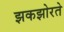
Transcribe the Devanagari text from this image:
झकझोरते